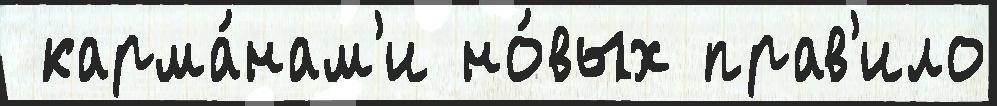
 карма́нам'и но́вых прав'ило